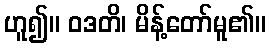
ဟူ၍။ ဝဒတိ၊ မိန့်တော်မူ၏။